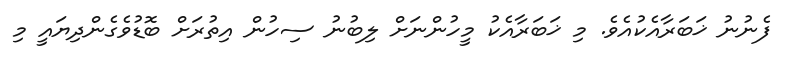
ފެނުނު ޚަބަރާއެކުއެވެ. މި ޚަބަރާއެކު މީހުންނަށް ލިބުނު ސިހުން އިތުރަށް ބޮޑުވެގެންދިޔައީ މި